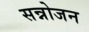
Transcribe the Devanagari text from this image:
सन्नोजन